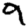
Digit: 9